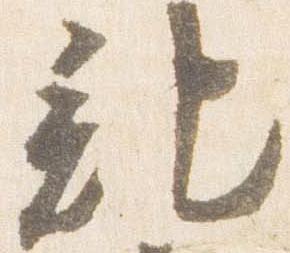
記